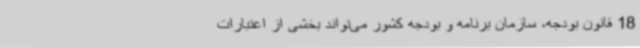
18 قانون بودجه، سازمان برنامه و بودجه کشور می‌تواند بخشی از اعتبارات